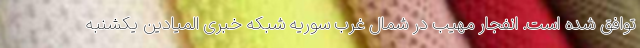
توافق شده است. انفجار مهیب در شمال غرب سوریه شبکه خبری المیادین یکشنبه